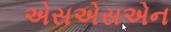
એસએસએન